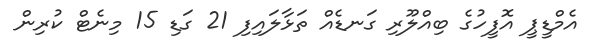
އެމްޑީޕީ އޮފީހުގެ ބިއްލޫރި ގަނޑެއް ތަޅާލައިފި 21 ގަޑި 15 މިނެޓް ކުރިން